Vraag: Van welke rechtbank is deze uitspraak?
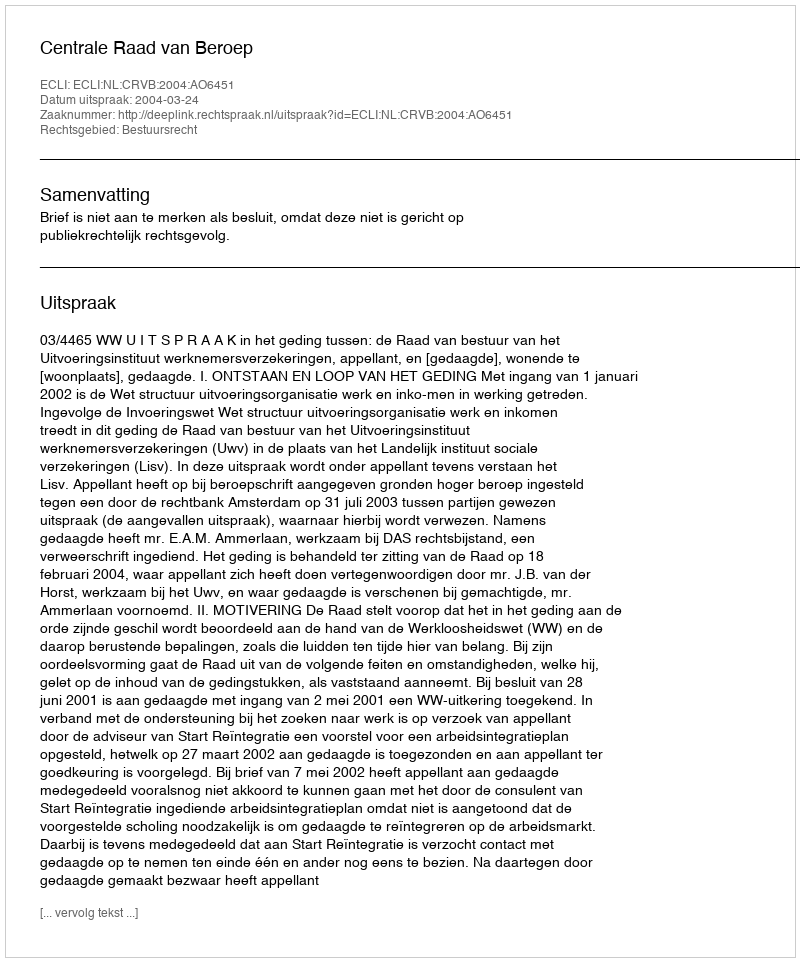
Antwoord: Centrale Raad van Beroep